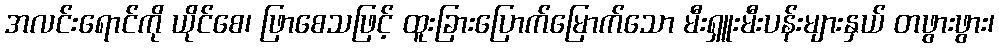
အလင်းရောင်ကို ယိုင်စေ၊ ဖြာစေသဖြင့် ထူးခြားပြောက်မြောက်သော မီးရှူးမီးပန်းများနှယ် တဖွားဖွား၊